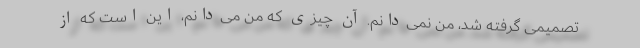
تصمیمی گرفته شد، من نمی‌دانم. آن چیزی كه من می‌دانم، این است كه از